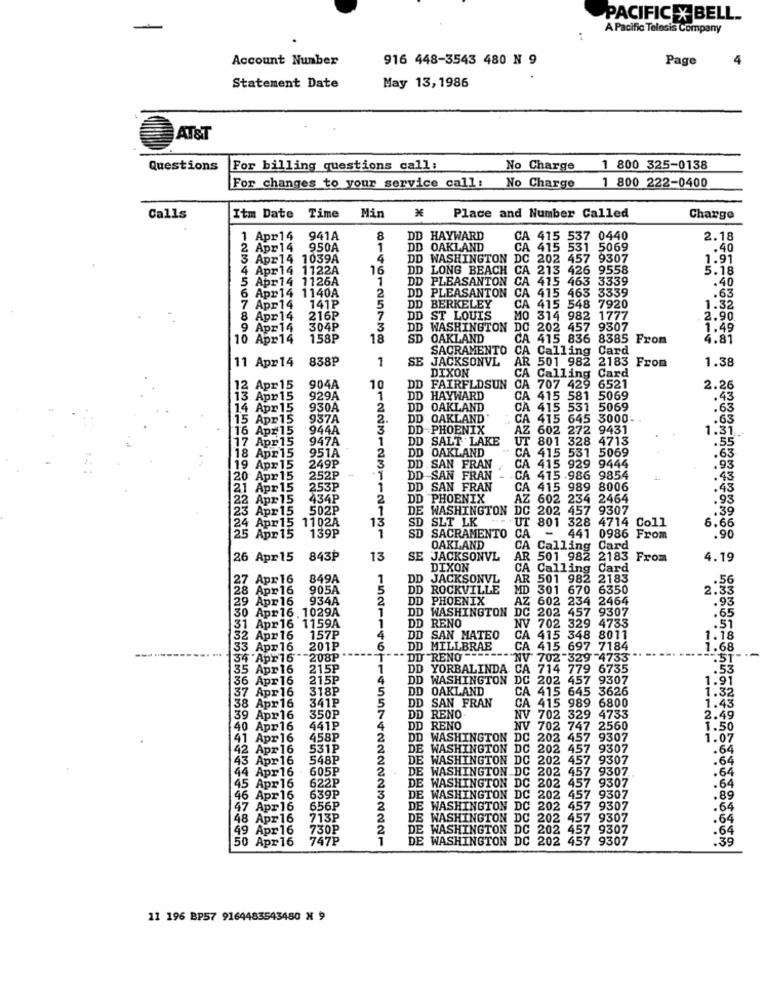
PACIFIC X BELL ..
A Pacific Telesis Company
:
Account Number
916 448-3543 480 N 9
Page
4
Statement Date
May 13, 1986
AT&T
Questions
For billing questions call:
No Charge
1 800 325-0138
1 800 222-0400
For changes to your service call: No Charge
Calls
Itm Date Time Min ₭
Place and Number Called
Charge
Apr 14 941A
8
DD HAYWARD
1 415 537 0440
2.18
2 Apr14 950A
1
D OAKLAND
CA 415 531 5069
.40
3 Apr14 1039A
4
DD WASHINGTON DC 202 457 9307
1.91
Apr14 1122A
16
DD LONG BEACH
CA 213 426 9558
5.18
5 Apr14 1126A
D PLEASANTON CA 415 463 3339
.40
6 Apr14 1140A
DD PLEASANTON
.63
2
CA
415 463 3339
7 Apr14 141₽
5
DD BERKELEY
CA 415 548 7920
1.32
8 Apr 14
216P
7
DD ST LOUIS
MO
314 982 1777
2.90
9 Apr14
304P
3
DD WASHINGTON
DO 202 457 9307
1.49
10 Apr14
158P
18
SD OAKLAND
CA 415 836 8385 From
4.81
SACRAMENTO
CA Calling Card
838P
1
SE
JACKSONVL
AR 501 982 2183 From
1.38
11 Apr14
DIXON
CA Calling Card
12 Apr 15
904A
10
DD
FAIRFLDSUN
CA 707 429
6521
2.26
13 Apr15
929A
1
D HAYWARD
CA
CA 415 581 5069
.43
14 Apr 15
930A
2
DD OAKLAND
CA 415 531 5069
.63
15 Apr 15
937A
2.
DD OAKLAND
CA
CA 415 645 3000-
.63
16 Apr15
944A
D-PHOENIX
AZ
602 272 9431
1.31
17 Apr15
947A
1.
DD
D SALT LAKE
UT
801 328 4713
.55
DD OAKLAND
18 Apr15
951A
2
3
CA 415 531 5069
.63
19 Apr 15
249P
DD SAN FRAN
CA
415 929 9444
.93
120 Apr 15
252₽
DD -SAN FRAN
CA 415 986 9854
.43
21 Apr 15
253P
1
DD. SAN FRAN
CA
415 989 8006
.43
434P
2
DD PHOENIX
AZ 602 234 2464
AZ
.93
23 Apr15
502P
DE WASHINGTON
DC
202 457 9307
.39
1102A
13
SD
SLT LK
UT
6.66
24 Apr15
139P
SD
CA
801 328 4714 Coll
25 Apr 15
SACRAMENTO
441 0986 From
.90
OAKLAND
CA
Calling
Card
26 Apr15
843₽
13
SE
JACKSONVL
AR
501 982
2183 From
4.19
DIXON
CA
Calling Card
7 Apr 16
849A
1
DD JACKSONVL
AR
501 982 2183
28 Apr 16
905A
5
DD ROCKVILLE
MD
301 670 6350
2.33
29 Apr 16
934A
2
DD
PHOENIX
AZ
AZ 602 234 2464
.93
1
DD
DD WASHINGTON
DC
202 457 9307
30 Apr16. 1029A
DD
RENO
702 329 4733
.65
31 Apr16 1159A
1
CA
2 Apr 16 157P
4
D SAN MATEO
415 348 8011
1.18
33 Apr16
201P
6
DD MILLBRAE
CA 415 697 7184
1.68
--
134 Apr16"
-208P
DI RENO
NV 702-329 -4733
.51"
5 Apr 16
215₽
1
DD YORBALINDA CA 714 779 6735
DD YORBALINDA
36 Apr16
215P
4
DD WASHINGTON
DD WASHINGTON DC 202 457 9307
1.91
7 Apr 16
318P
5
DD OAKLAND
CA 415 645 3626
1.32
341P
DD SAN FRAN
CA 415 989 6800
38 Apr16
7
5
1.43
39 Apr16
350₽
DD
RENO
NV 702 329
4733
2.49
40 Apr16
441P
4
DD
DD RENO
NV 702 747 2560
1.50
41 Apr 16
458P
2
DD WASHINGTON DC 202 457 9307
1.07
42 Apr 16
531P
2
DE WASHINGTON DC 202
457 9307
.64
43 Apr 16
548P
2
DE
DE WASHINGTON DC 202 457 9307
7 9307
.64
605P
2
DE WASHINGTON DC 202 457 9307.
.64
44 Apr16
622P
2
DE WASHINGTON DC
202
457 9307
.64
45 Apr16
6.39p
3
46 Apr16
DE WASHINGTON DC 202 457 9307
.89
47 Apr16
656P
2
DE WASHINGTON DC 202
457 9307
.64
48 Apr 16
713P
2
E WASHINGTON DC 202 457 9307
.64
49 Apr 16
730P
2
DE WASHINGTON DC 202 457 9307
.64
50 Apr16
747₽
1
DE WASHINGTON DC 202 457 9307
.39
11 196 BP57 9164483543480 X 9